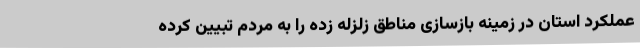
عملکرد استان در زمینه بازسازی مناطق زلزله زده را به مردم تبیین کرده